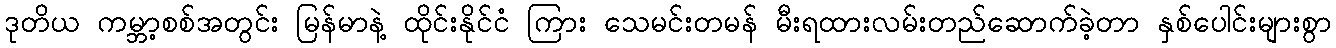
ဒုတိယ ကမ္ဘာ့စစ်အတွင်း မြန်မာနဲ့ ထိုင်းနိုင်ငံ ကြား သေမင်းတမန် မီးရထားလမ်းတည်ဆောက်ခဲ့တာ နှစ်ပေါင်းများစွာ